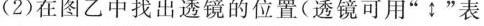
(2)在图乙中找出透镜的位置(透镜可用”↕”表